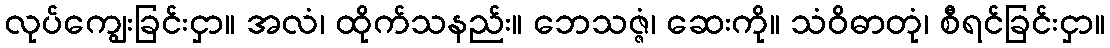
လုပ်ကျွေးခြင်းငှာ။ အလံ၊ ထိုက်သနည်း။ ဘေသဇ္ဇံ၊ ဆေးကို။ သံဝိဓာတုံ၊ စီရင်ခြင်းငှာ။